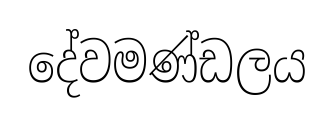
දේවමණ්ඩලය